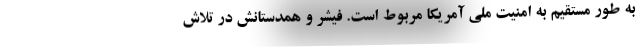
به طور مستقیم به امنیت ملی آمریکا مربوط است. فیشر و همدستانش در تلاش